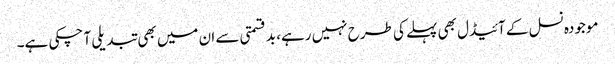
موجودہ نسل کے آئیڈل بھی پہلے کی طرح نہیں رہے، بدقسمتی سے ان میں بھی تبدیلی آ چکی ہے۔